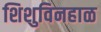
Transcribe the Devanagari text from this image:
शिशुविनहाळ